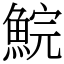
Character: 鯇